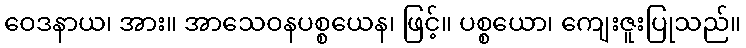
ဝေဒနာယ၊ အား။ အာသေဝနပစ္စယေန၊ ဖြင့်။ ပစ္စယော၊ ကျေးဇူးပြုသည်။